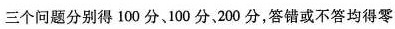
三个问题分别得100分、100分，200分，答错或不答均得零